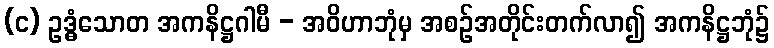
(င) ဥဒ္ဓံသောတ အကနိဋ္ဌဂါမီ - အဝိဟာဘုံမှ အစဉ်အတိုင်းတက်လာ၍ အကနိဋ္ဌဘုံ၌